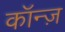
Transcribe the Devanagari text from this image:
कॉन्ज़